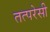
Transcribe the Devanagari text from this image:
तत्परेसी